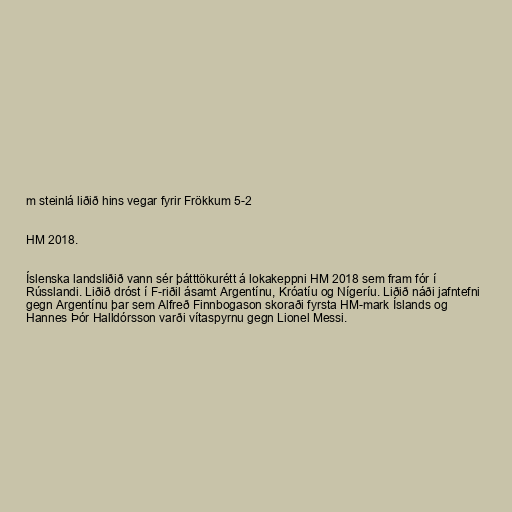
m steinlá liðið hins vegar fyrir Frökkum 5-2

HM 2018.

Íslenska landsliðið vann sér þátttökurétt á lokakeppni HM 2018 sem fram fór í
Rússlandi. Liðið dróst í F-riðil ásamt Argentínu, Króatíu og Nígeríu. Liðið náði jafntefni
gegn Argentínu þar sem Alfreð Finnbogason skoraði fyrsta HM-mark Íslands og
Hannes Þór Halldórsson varði vítaspyrnu gegn Lionel Messi.